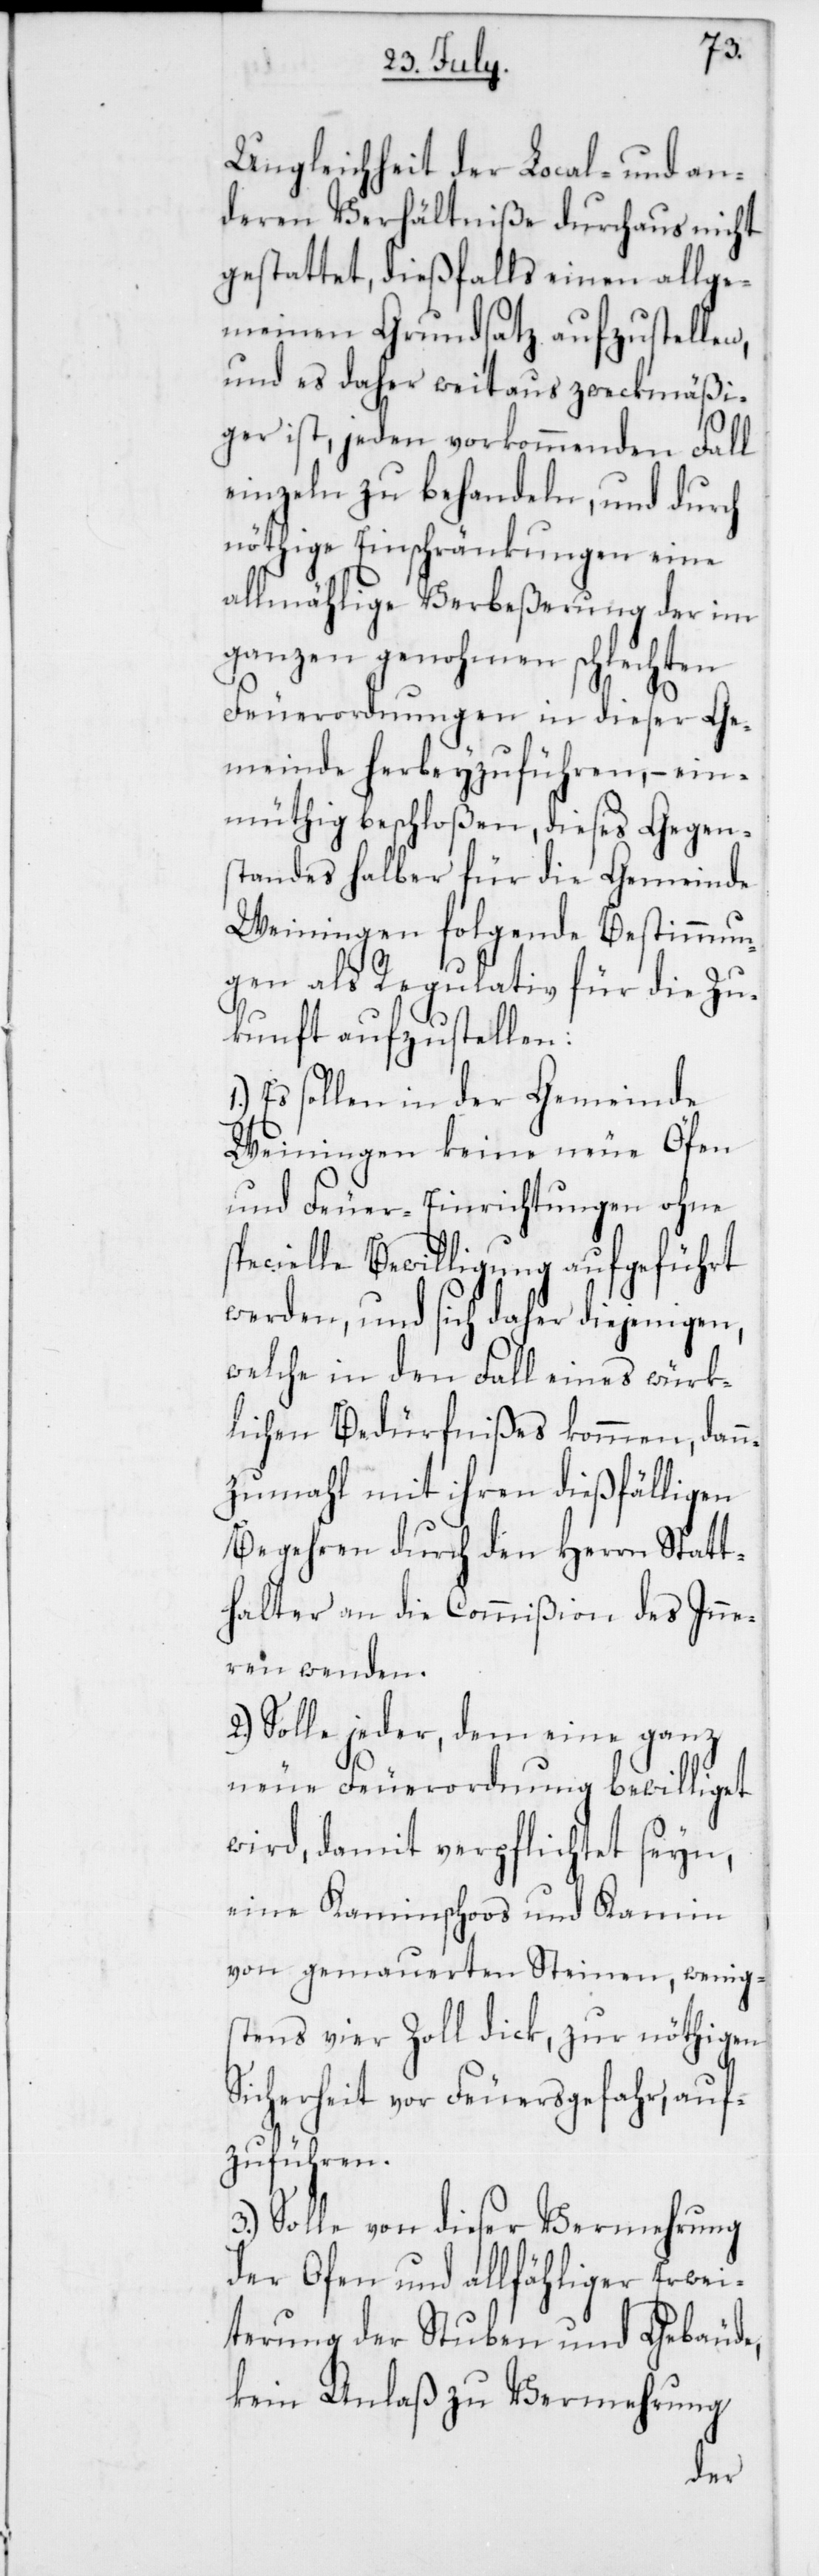
Ungleichheit der Local- und an¬
deren Verhältniße durchaus nicht
gestattet, dießfalls einen allge¬
meinen Grundsatz aufzustellen,
und es daher weitaus zweckmäßi¬
ger ist, jeden vorkommenden Fall
einzeln zu behandeln, und durch
nöthige Einschränkungen eine
allmählige Verbeßerung der im
ganzen genohmen schlechten
Feuerordnungen in dieser Ge¬
meinde herbeyzuführen, – ein¬
müthig beschloßen, dieses Gegen¬
standes halber für die Gemeinde
Weiningen folgende Bestimmun¬
gen als Regulativ für die Zu¬
kunft aufzustellen:
Es sollen in der Gemeinde
Weiningen keine neue Öfen
und Feuer-Einrichtungen ohne
pecielle Bewilligung aufgeführt
werden, und sich daher diejenigen,
welche in den Fall eines würk¬
lichen Bedürfnißes kommen, dann¬
zumahl mit ihren dießfälligen
Begehren durch den Herrn Statt¬
halter an die Commißion des Inne¬
ren wenden.
2.) Solle jeder, dem eine ganz
s¬
neue Feuerordnung bewilliget
wird, damit verpflichtet seyn,
eine Kaminschooß und Kamin
von gemauerten Steinen, wenig¬
stens vier Zoll dick, zu nöthigen
Sicherheit vor Feuersgefahr, auf¬
zuführen.
3.) Solle von dieser Vermehrung
der Ofen und allfähliger Erwei¬
terung der Stuben und Gebäude,
kein Anlaß zu Vermehrung